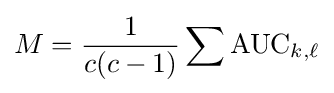
M={1 \over c(c-1)}\sum \mathrm {AUC} _{k,\ell }